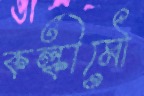
কল্কীমৌ